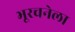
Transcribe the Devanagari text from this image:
भूरचनेला